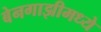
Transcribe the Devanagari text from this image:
बेनगाझीमध्ये